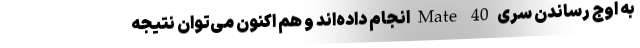
به اوج رساندن سری Mate 40 انجام داده‌اند و هم اکنون می‌توان نتیجه